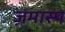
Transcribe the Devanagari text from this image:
ज़मास्प